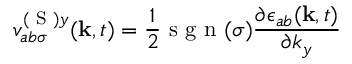
v _ { a b \sigma } ^ { ( \textrm { S } ) y } ( \mathbf { k } , t ) = \frac { 1 } { 2 } \textrm { s g n } ( \sigma ) \frac { \partial \epsilon _ { a b } ( \mathbf { k } , t ) } { \partial k _ { y } }